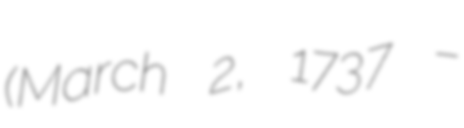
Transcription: (March 2, 1737 –